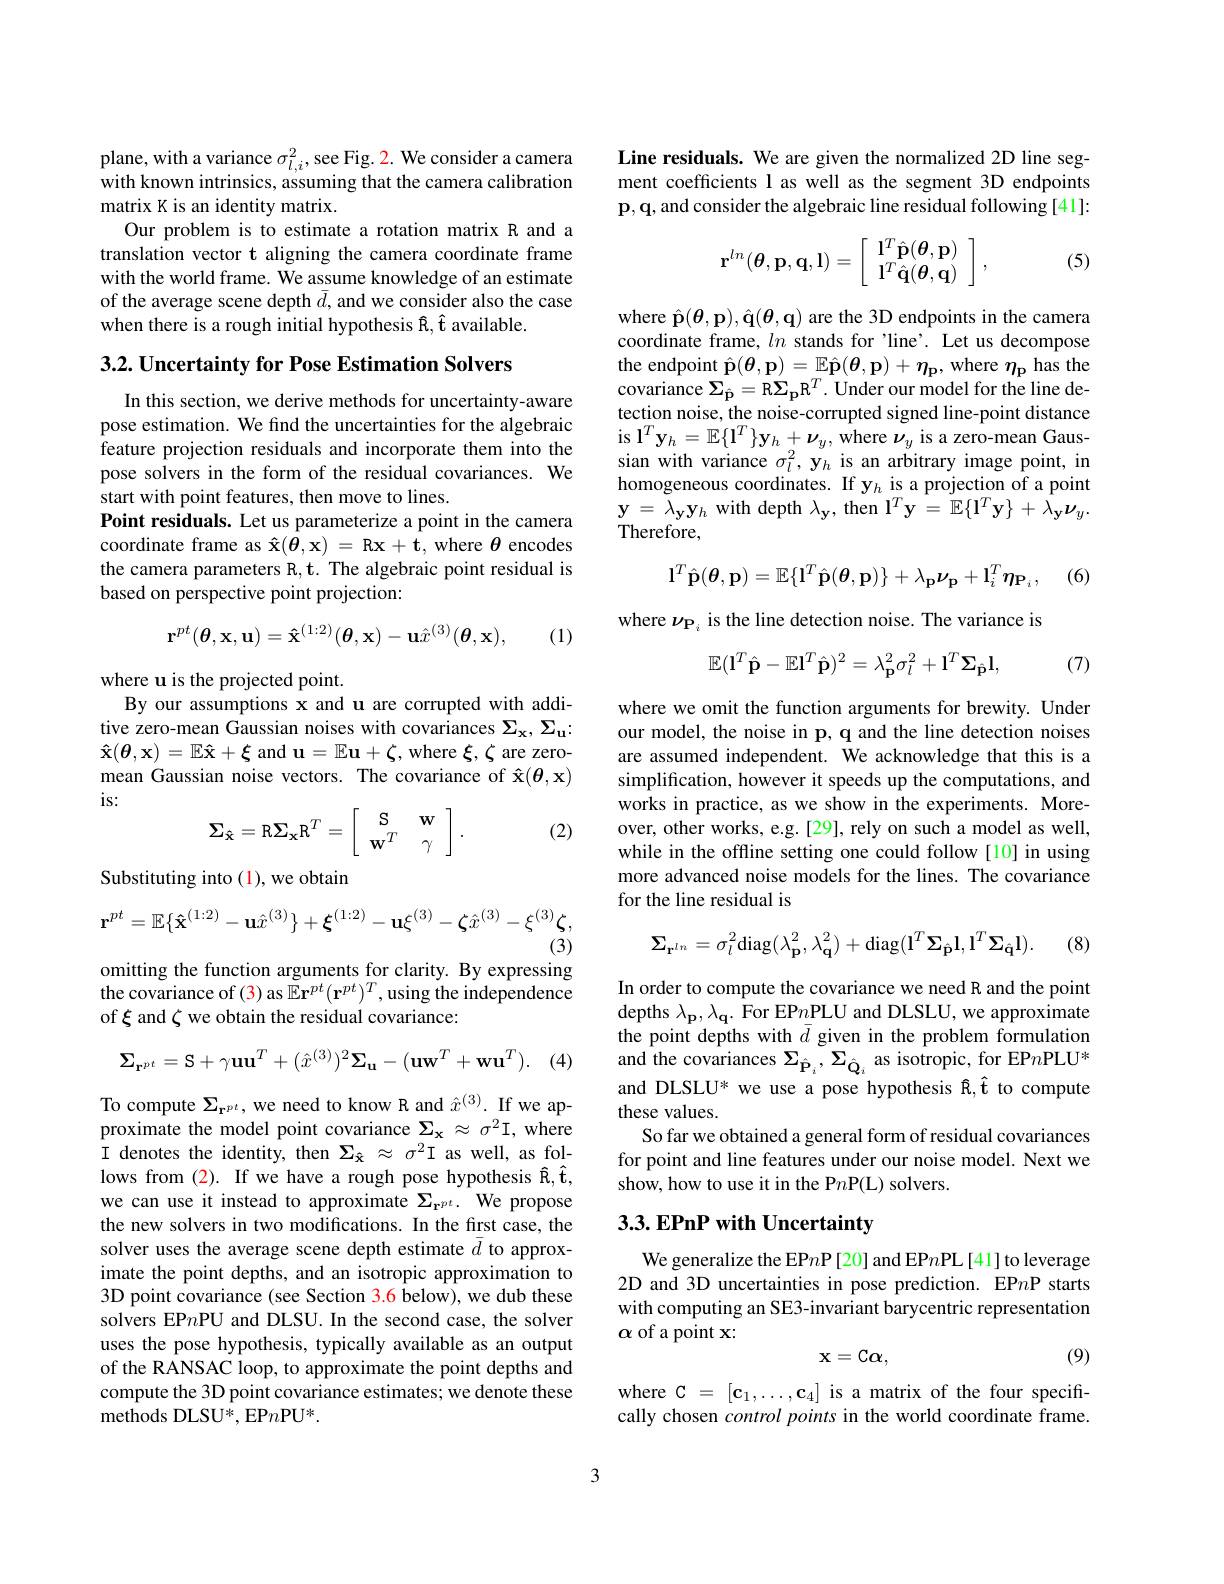
plane, with a variance $\sigma_l,i^2$,see Fig. 2. We consider a camera with known intrinsics, assuming that the camera calibration matrix K is an identity matrix.
Our problem is to estimate a rotation matrix R and a translation vector t aligning the camera coordinate frame with the world frame. We assume knowledge of an estimate of the average scene depth $\bar{d}$, and we consider also the case when there is a rough initial hypothesis $\hat{\mathbf{R}},\hat{\mathbf{t}}$ available.

$3. 2. \textbf{Uncertainty for Pose Estimation Solvers}$

In this section, we derive methods for uncertainty-aware pose estimation. We find the uncertainties for the algebraic feature projection residuals and incorporate them into the pose solvers in the form of the residual covariances. We start with point features, then move to lines.
Point residuals. Let us parameterize a point in the camera coordinate frame as $\mathbf{\hat{x}}(\boldsymbol{\theta},\mathbf{x})=\mathbf{Rx}+\mathbf{t}$, where $\theta$ encodes the camera parameters R, t. The algebraic point residual is based on perspective point projection:
$$\mathbf{r}^{pt}(\boldsymbol{\theta},\mathbf{x},\mathbf{u})=\mathbf{\hat{x}}^{(1:2)}(\boldsymbol{\theta},\mathbf{x})-\mathbf{u}\hat{x}^{(3)}(\boldsymbol{\theta},\mathbf{x}),$$
(1)

where u is the projected point.
By our assumptions x and u are corrupted with additive zero-mean Gaussian noises with covariances $\Sigma_\mathrm{x},\Sigma_\mathrm{u}.$ $\mathbf{\hat{x}}(\boldsymbol{\theta},\mathbf{x})=\mathbb{E}\mathbf{\hat{x}}+\boldsymbol{\xi}$ and $\mathbf{u}=\mathbb{E}\mathbf{u}+\boldsymbol{\zeta}$,where $\boldsymbol\xi,\boldsymbol\zeta$ are zeromean Gaussian noise vectors. The covariance of $\hat{\mathbf{x}}(\boldsymbol{\theta},\mathbf{x})$ is:
$$\boldsymbol{\Sigma}_{\hat{\mathbf{x}}}=\mathtt{R}\boldsymbol{\Sigma}_{\mathbf{x}}\mathtt{R}^{T}=\left[\begin{array}{cc}\mathtt{S}&\mathbf{w}\\\mathbf{w}^{T}&\gamma\end{array}\right].$$
(2)

Substituting into (1), we obtain
$$\mathbf{r}^{pt}=\mathbb{E}\{\mathbf{\hat{x}}^{(1:2)}-\mathbf{u}\hat{x}^{(3)}\}+\boldsymbol{\xi}^{(1:2)}-\mathbf{u}\xi^{(3)}-\boldsymbol{\zeta}\hat{x}^{(3)}-\xi^{(3)}\boldsymbol{\zeta},$$
(3)

omitting the function arguments for clarity. By expressing

the covariance of (3) as $\tilde{\mathbb{E}}\mathbf{r}^{pt}(\mathbf{r}^{pt})^T$,using the independence
of $\xi$ and $\zeta$ we obtain the residual covariance:
$$\mathbf{\Sigma}_{\mathbf{r}^{pt}}=\mathbf{S}+\gamma\mathbf{u}\mathbf{u}^{T}+(\hat{x}^{(3)})^{2}\mathbf{\Sigma}_{\mathbf{u}}-(\mathbf{u}\mathbf{w}^{T}+\mathbf{w}\mathbf{u}^{T}).$$
. (4)

To compute $\Sigma_{\mathbf{r}^{pt}}$, we need to know R and $\hat{x}^{(3)}.$ If we approximate the model point covariance $\Sigma_{\mathbf{x}}\approx\sigma^2$I, where I denotes the identity, then $\Sigma_{\hat{\mathbf{x}}}\approx\sigma^{2}$I as well, as follows from (2). If we have a rough pose hypothesis Ê,Ê, we can use it instead to approximate $\Sigma_{\mathbf{r}^{pt}.}$ We propose the new solvers in two modifications. In the first case, the solver uses the average scene depth estimate $\bar{d}$ to approximate the point depths, and an isotropic approximation to 3D point covariance (see Section 3.6 below), we dub these solvers EP$n$PU and DLSU. In the second case, the solver uses the pose hypothesis, typically available as an output of the RANSAC loop, to approximate the point depths and compute the 3D point covariance estimates; we denote these methods DLSU*, EP$n\mathrm{PU}^*.$

Line residuals. We are given the normalized 2D line segment coefficients l as well as the segment 3D endpoints $\mathbf{p},\mathbf{q}$,and consider the algebraic line residual following [41]:
$$\mathbf{r}^{ln}(\boldsymbol{\theta},\mathbf{p},\mathbf{q},\mathbf{l})=\left[\begin{array}{c}\mathbf{l}^T\hat{\mathbf{p}}(\boldsymbol{\theta},\mathbf{p})\\\mathbf{l}^T\hat{\mathbf{q}}(\boldsymbol{\theta},\mathbf{q})\end{array}\right],$$
(5)

where $\hat{\mathbf{p}}(\boldsymbol{\theta},\mathbf{p}),\hat{\mathbf{q}}(\boldsymbol{\theta},\mathbf{q})$ are the 3D endpoints in the camera coordinate frame, $ln$ stands for'line'. Let us decompose the endpoint $\hat{\mathbf{p}}(\boldsymbol{\theta},\mathbf{p})=\mathbb{E}\hat{\mathbf{p}}(\boldsymbol{\theta},\mathbf{p})+\boldsymbol{\eta}_{\mathbf{p}}$, where $\eta_\mathbf{p}$ has the covariance $\Sigma _{\hat{\mathbf{p} } }=$R$\Sigma _\mathbf{p} \mathrm{R} ^{T}.$ Under our model for the line detection noise, the noise-corrupted signed line-point distance is l$^T\mathbf{y}_h=\mathbb{E}\{\mathbf{l}^T\}\mathbf{y}_h+\boldsymbol{\nu}_y$, where $\boldsymbol{\nu}_y$ is a zero-mean Gaussian with variance $\sigma_l^2,\mathbf{y}_h$ is an arbitrary image point, in homogeneous coordinates. If y$_h$ is a projection of a point $\mathbf{y}=\bar{\lambda}_{\mathbf{y}}\mathbf{y}_{h}$ with depth $\lambda_\mathbf{y}$, then l$^T\mathbf{y}=\mathbb{E}\{\mathbf{l}^{T}\mathbf{y}\}+\hat{\lambda}_\mathbf{y}\boldsymbol{\nu}_{y}.$ Therefore,
$$\mathbf{l}^T\hat{\mathbf{p}}(\boldsymbol{\theta},\mathbf{p})=\mathbb{E}\{\mathbf{l}^T\hat{\mathbf{p}}(\boldsymbol{\theta},\mathbf{p})\}+\lambda_\mathbf{p}\boldsymbol{\nu}_\mathbf{p}+\mathbf{l}_i^T\boldsymbol{\eta}_\mathbf{P}_i,$$
(6)

where $\nu_{\mathbf{P}_i}$ is the line detection noise. The variance is
$$\mathbb{E}(\mathbf{l}^T\hat{\mathbf{p}}-\mathbb{E}\mathbf{l}^T\hat{\mathbf{p}})^2=\lambda_\mathbf{p}^2\sigma_l^2+\mathbf{l}^T\boldsymbol{\Sigma}_{\hat{\mathbf{p}}}\mathbf{l},$$
(7)

where we omit the function arguments for brewity. Under our model, the noise in p, q and the line detection noises are assumed independent. We acknowledge that this is a simplification, however it speeds up the computations, and works in practice, as we show in the experiments. Moreover, other works, e.g.[29], rely on such a model as well, while in the offline setting one could follow[10] in using more advanced noise models for the lines. The covariance for the line residual is

(8)
$$\mathbf{\Sigma}_{\mathbf{r}^{ln}}=\sigma_{l}^{2}\mathrm{diag}(\lambda_{\mathbf{p}}^{2},\lambda_{\mathbf{q}}^{2})+\mathrm{diag}(\mathbf{l}^{T}\mathbf{\Sigma}_{\mathbf{\hat{p}}}\mathbf{l},\mathbf{l}^{T}\mathbf{\Sigma}_{\mathbf{\hat{q}}}\mathbf{l}).$$
In order to compute the covariance we need R and the point depths $\lambda _{\mathbf{p} }, \lambda _{\mathbf{q} }.$ For EP$n$PLU and DLSLU, we approximate the point depths with $\bar{d}$ given in the problem formulation ${\mathrm{and~the~covariances~}\Sigma_{\hat{\mathbf{P}}_{i}},\Sigma_{\hat{\mathbf{Q}}_{i}}}{\mathrm{~as~isotropic,~for~EP}n}$PLU* and DLSLU* we use a pose hypothesis R, f to compute these values.
So far we obtained a general form of residual covariances for point and line features under our noise model. Next we show, how to use it in the P$n$P(L) solvers.

## 3.3. EPnP with Uncertainty

We generalize the EP$n$P[20] and EP$n$PL[41] to leverage 2D and 3D uncertainties in pose prediction. EP$n$P starts with computing an SE3-invariant barycentric representation $\alpha$ of a point x
$$\mathbf{x}=\mathbf{c}\alpha,$$
(9)

where C $=[\mathbf{c}_1,\ldots,\mathbf{c}_4]$ is a matrix of the four specifically chosen control points in the world coordinate frame.

3